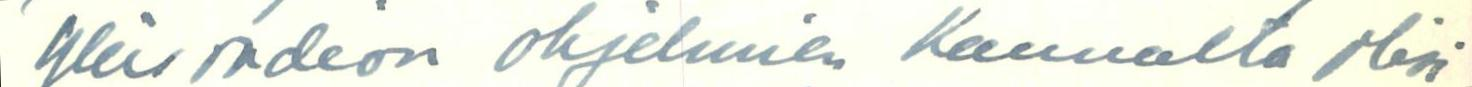
yleisradion ohjelmien kannalta olisi